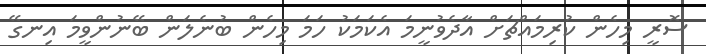
ސޮރީ މިހެން ކުރިމައްޗަށް އާދެވުނީމަ އެކަމަކު ހަމަ މިހެން ބުނެލަން ބޭނުންވީމަ އިނގޭ